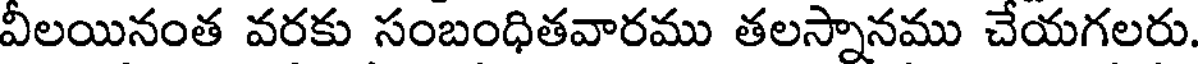
వీలయినంత వరకు సంబంధితవారము తలస్నానము చేయగలరు